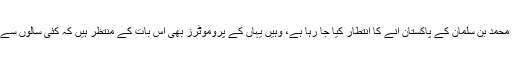
جہاں سرکاری سطح پر سعودی عرب کے ولی عہد محمد بن سلمان کے پاکستان آنے کا انتطار کیا جا رہا ہے، وہیں یہاں کے پروموٹرز بھی اس بات کے منتظر ہیں کہ کئی سالوں سے انھیں پیش آنے والی مشکلات کا حل نکالا جاسکے۔